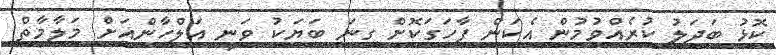
ކޮޅު ބަދަލު ކުރެއްވުމުން އެކަން ފާހަގަކޮށް ގިނަ ބަޔަކު ވަނީ އަލްހާންއަށް މަލާމާތް